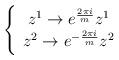
LaTeX: \begin{align*}\left\{ \begin{array}{c}z^{1}\rightarrow e^{\frac{2\pi i}{m}}z^{1} \\ z^{2}\rightarrow e^{-\frac{2\pi i}{m}}z^{2}\end{array}\right.\end{align*}